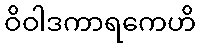
ဝိဝါဒကာရကေဟိ